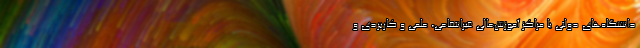
دانشگاه‌های دولتی یا مراکز آموزش‌عالی غیرانتفاعی، علمی و کاربردی و